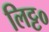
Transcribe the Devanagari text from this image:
लिट्ट०